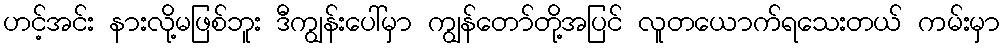
ဟင့်အင်း နားလို့မဖြစ်ဘူး ဒီကျွန်းပေါ်မှာ ကျွန်တော်တို့အပြင် လူတယောက်ရသေးတယ် ကမ်းမှာ